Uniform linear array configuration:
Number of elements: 24
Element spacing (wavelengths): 0.75
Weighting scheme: hamming
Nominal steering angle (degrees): -45
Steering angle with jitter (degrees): -46.45
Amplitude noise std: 0.05
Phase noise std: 0.05

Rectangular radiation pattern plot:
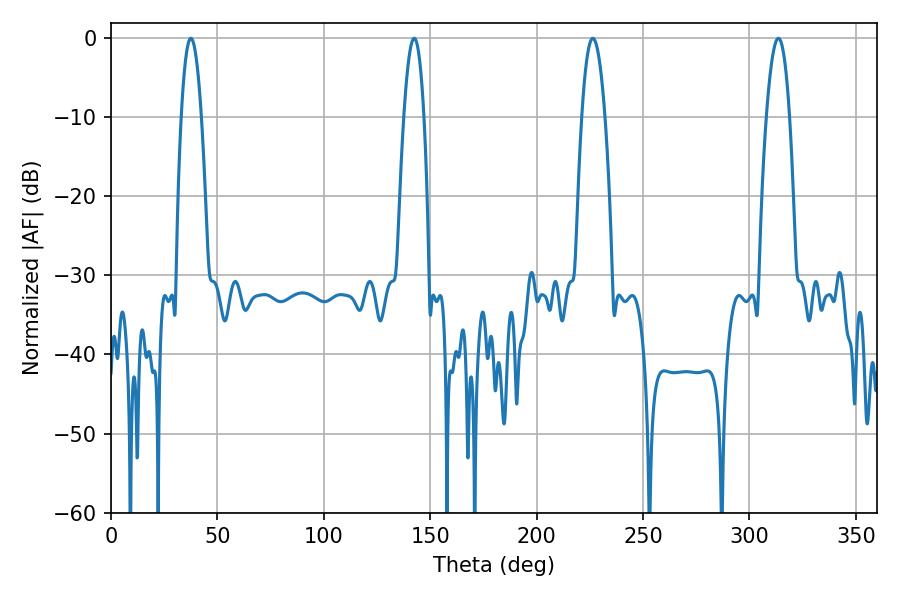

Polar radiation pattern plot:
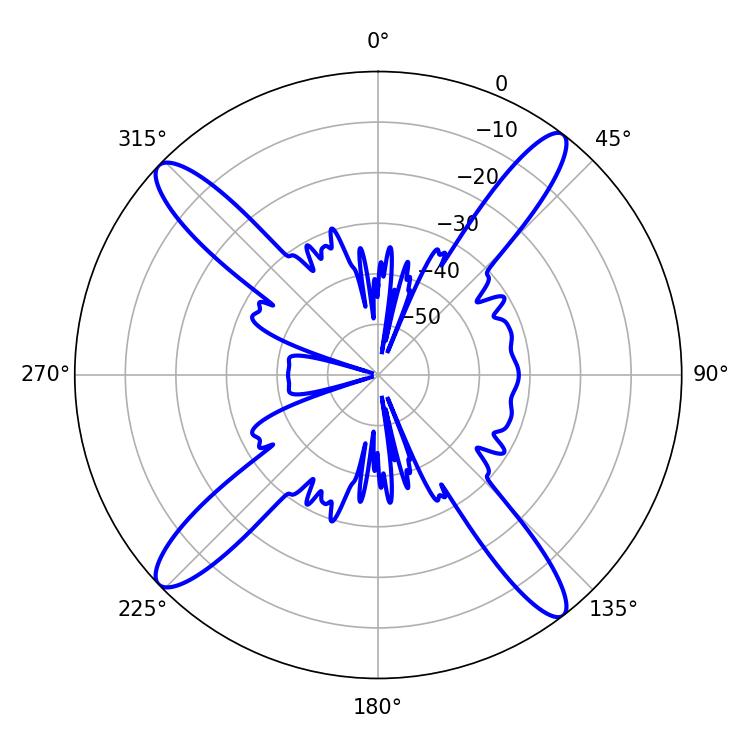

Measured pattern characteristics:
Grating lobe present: TRUE
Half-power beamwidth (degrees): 5.94
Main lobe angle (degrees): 226.44